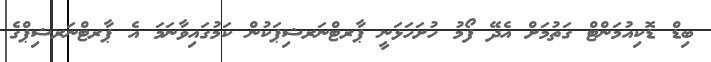
ބިޑް ޑޮކިއުމަންޓް ގަތުމަށް އެދޭ ފޯމު ހުށަހަޅަނީ ޕާރޓްނަރޝިޕަކުން ކަމުގައިވާނަމަ އެ ޕާރޓްނަރޝިޕްގެ